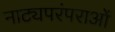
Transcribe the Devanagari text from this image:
नाट्यपरंपराओं